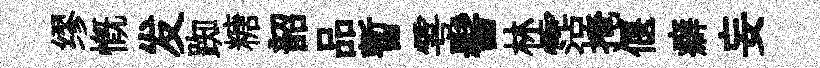
缪慨发踟糖韶品暫雩髻林霑掩偃癖妄